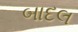
બાદલ